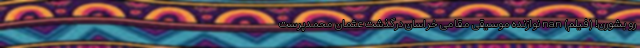
رو بشورن! (فیلم) nan نوازنده موسیقی مقامی خراسان درگذشت عثمان محمدپرست